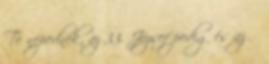
Te népednek, az 33. József pedig és az Ő